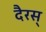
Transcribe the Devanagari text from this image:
दैरस्